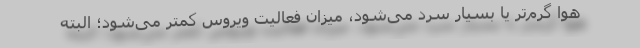
هوا گرم‌تر یا بسیار سرد می‌شود، میزان فعالیت ویروس کمتر می‌شود؛ البته